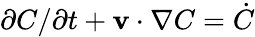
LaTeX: \partial C/\partial t+{\mathbf v}\cdot\nabla C=\dot{C}